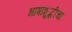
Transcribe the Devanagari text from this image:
भाषाशुद्धीचा